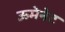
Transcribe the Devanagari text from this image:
ऊमेनेट